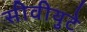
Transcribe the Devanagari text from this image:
सीवीयुटे